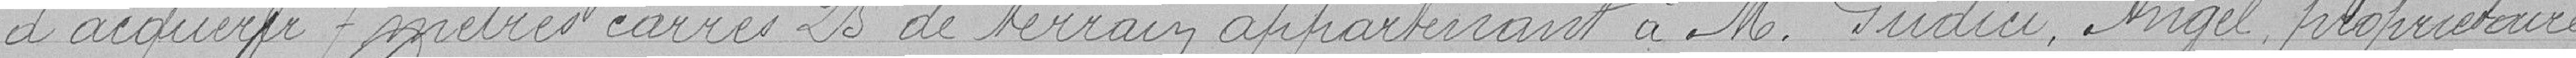
d’acquérir 7 mètres carrés 25 de terrain appartenant à M. Gudici Angel propriétaire.